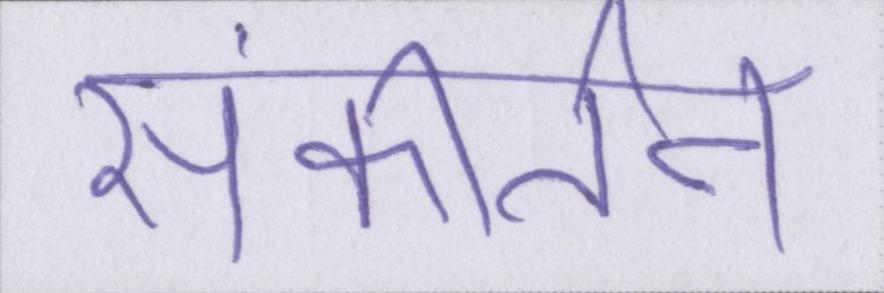
संकीर्तन